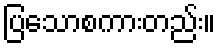
ပြသောစကားတည်း။